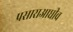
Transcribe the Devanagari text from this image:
प्रसाराआधीच